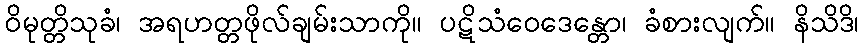
ဝိမုတ္တိသုခံ၊ အရဟတ္တဖိုလ်ချမ်းသာကို။ ပဋိသံဝေဒေန္တော၊ ခံစားလျက်။ နိသိဒိ၊